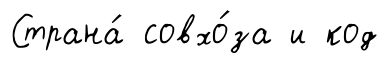
Страна́ совхо́за и код